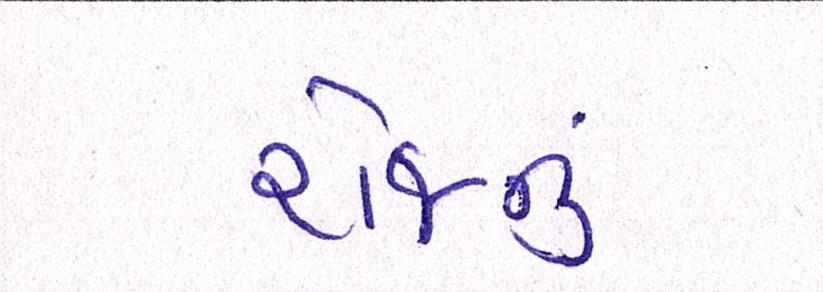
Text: રોજનું